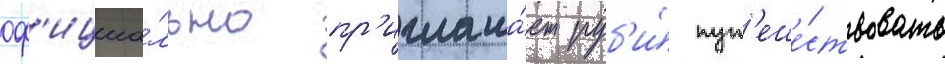
оф'ициа́льно пр'иглаша́ет руб'и́ пут'еше́ствовать